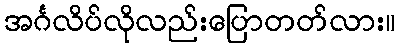
အင်္ဂလိပ်လိုလည်းပြောတတ်လား။